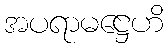
အပရာမဋ္ဌေဟိ